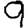
Digit: 9